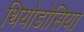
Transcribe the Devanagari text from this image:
थियोडोसिया